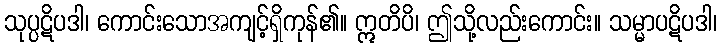
သုပ္ပဋိပဒါ၊ ကောင်းသောအကျင့်ရှိကုန်၏။ ဣတိပိ၊ ဤသို့လည်းကောင်း။ သမ္မာပဋိပဒါ၊